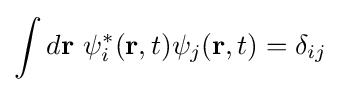
\int d\mathbf {r} \ \psi _{i}^{*}(\mathbf {r} ,t)\psi _{j}(\mathbf {r} ,t)=\delta _{ij}